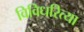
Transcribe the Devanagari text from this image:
विविधरित्या